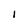
Character: 1